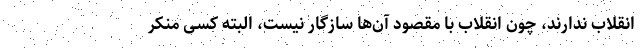
انقلاب ندارند، چون انقلاب با مقصود آن‌ها سازگار نیست، البته کسی منکر